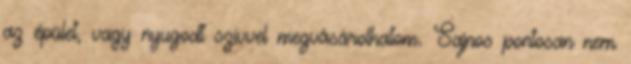
az épület, vagy nyugodt szívvel megvásárolhatom. Sajnos pontosan nem